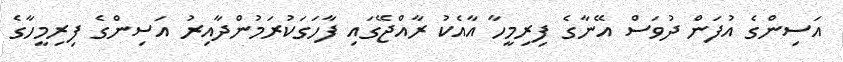
އަސިންގެ އުފަން ދުވަސް އޭނާގެ ފިރިމީހާ އާއެކު ރާއްޖޭގައި ފާހަގަކުރަމުންދާއިރު އަސިންގެ ފިރިމީހާގެ